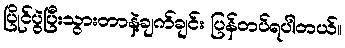
ပြိုင်ပွဲပြီးသွားတာနဲ့ချက်ချင်း ပြန်တပ်ရပါတယ်။